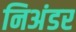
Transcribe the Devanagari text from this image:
निअंडर